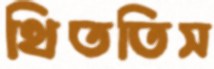
থিততিস